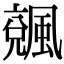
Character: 𩘍